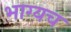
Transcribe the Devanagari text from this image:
भाग्यच